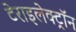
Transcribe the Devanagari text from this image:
टेराइलेक्ट्रॉन